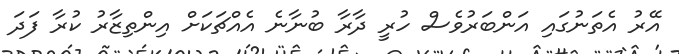
އޭރު އެތަނުގައި އަންބަރުވެސް ހުރީ ދާރާ ބުނާނެ އެއްޗަކަށް އިންތިޒާރު ކުރާ ފަދަ